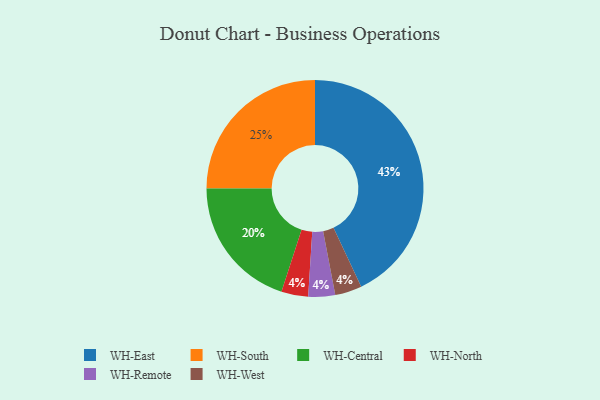
{"axis": {"x": "Category", "y": "Percentage"}, "legend": ["WH-Central", "WH-East", "WH-North", "WH-Remote", "WH-South", "WH-West"], "data": [{"x": "WH-East", "y": 43, "type": "WH-East"}, {"x": "WH-North", "y": 4, "type": "WH-North"}, {"x": "WH-Remote", "y": 4, "type": "WH-Remote"}, {"x": "WH-West", "y": 4, "type": "WH-West"}, {"x": "WH-Central", "y": 20, "type": "WH-Central"}, {"x": "WH-South", "y": 25, "type": "WH-South"}]}